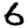
Digit: 6